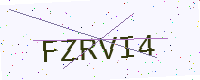
Text: FZRVI4